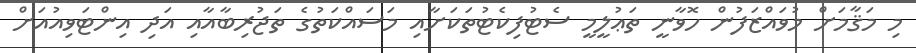
މި މަޤާމަށް މުވައްްޒަފުން ހޮވާނީ ތަޢުލީމީ ސެޓުފިކެޓުތަކަށާއި މަސައްކަތުގެ ތަޖުރިބާއާއި އަދި އިންޓަވިއުއަށް